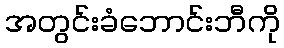
အတွင်းခံဘောင်းဘီကို